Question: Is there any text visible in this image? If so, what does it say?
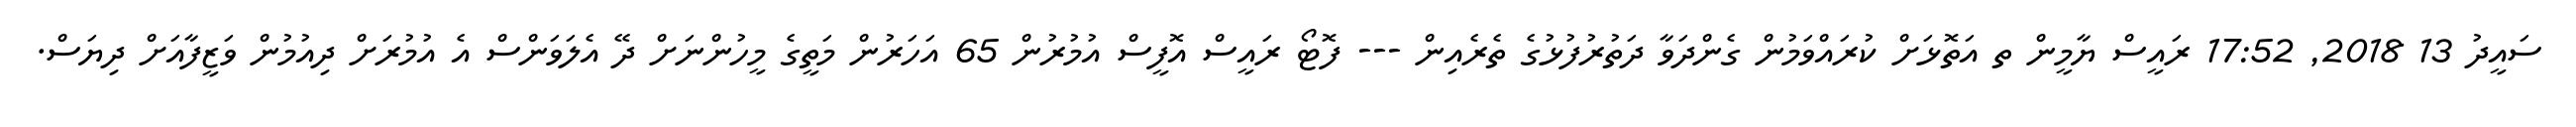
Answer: ސައީދު 13 2018, 17:52 ރައީސް ޔާމީން ތ އަތޮޅަށް ކުރައްވަމުން ގެންދަވާ ދަތުރުފުޅުގެ ތެރެއިން --- ފޮޓޯ ރައީސް އޮފީސް އުމުރުން 65 އަހަރުން މަތީގެ މީހުންނަށް ދޭ އެލަވަންސް އެ އުމުރަށް ދިއުމުން ވަޒީފާއަށް ދިޔަސް.